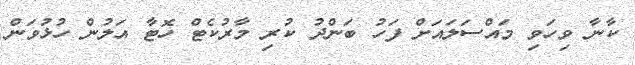
ކާނާ ވިހަވި މައްސަލައަށް ފަހު ބަންދު ކުރި މާރުކެޓް ހޮޓާ އަލުން ހުޅުވަން